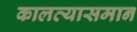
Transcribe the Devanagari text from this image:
कालव्यासमान